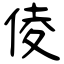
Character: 倰